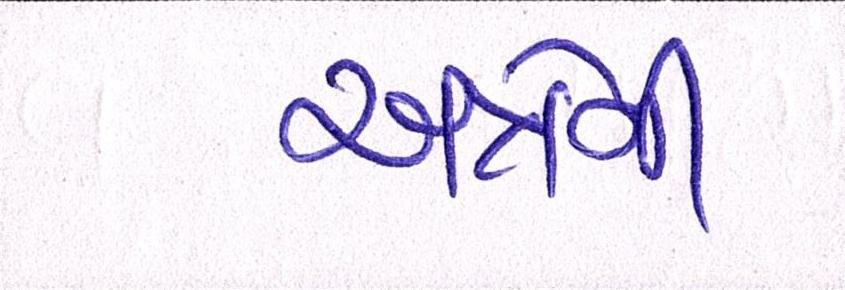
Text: અત્રેની